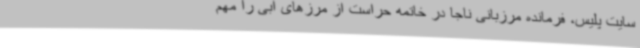
سایت پلیس، فرمانده مرزبانی ناجا در خاتمه حراست از مرزهای آبی را مهم